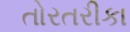
તોરતરીકા